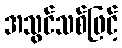
အသွင်သစ်ဖြင့်